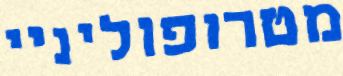
מטרופוליניי